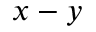
x - y